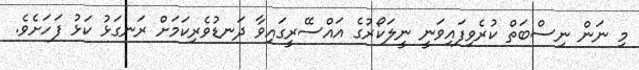
މި ނަން ނިސްބަތް ކުރެވިފައިވަނީ ނީލަކޯރުގެ އައްސޭރީގައިވާ ދަނޑުވެރިކަމަށް ރަނގަޅު ކަޅު ފަހަށެވެ.